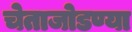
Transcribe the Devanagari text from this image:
चेताजोडण्या